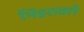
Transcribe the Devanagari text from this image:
भिंडरावले